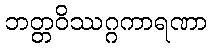
ဘတ္တဝိဿဂ္ဂကာရဏာ